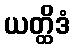
ယတ္ထိဒံ